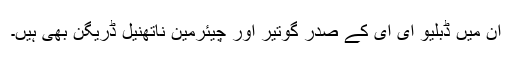
ان میں ڈبلیو ای ای کے صدر گوتیر اور چیئرمین ناتھنیل ڈریگن بھی ہیں۔